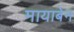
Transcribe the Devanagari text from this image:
मायाबेन